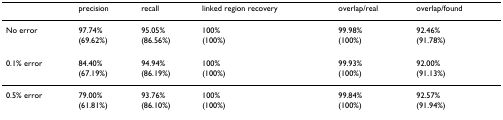
<table><thead><tr><td></td><td><b>precision</b></td><td><b>recall</b></td><td><b>linked region recovery</b></td><td><b>overlap/real</b></td><td><b>overlap/found</b></td></tr></thead><tbody><tr><td>No error</td><td>97.74%</td><td>95.05%</td><td>100%</td><td>99.98%</td><td>92.46%</td></tr><tr><td></td><td>(69.62%)</td><td>(86.56%)</td><td>(100%)</td><td>(100%)</td><td>(91.78%)</td></tr><tr><td>0.1% error</td><td>84.40%</td><td>94.94%</td><td>100%</td><td>99.93%</td><td>92.00%</td></tr><tr><td></td><td>(67.19%)</td><td>(86.19%)</td><td>(100%)</td><td>(100%)</td><td>(91.13%)</td></tr><tr><td>0.5% error</td><td>79.00%</td><td>93.76%</td><td>100%</td><td>99.84%</td><td>92.57%</td></tr><tr><td></td><td>(61.81%)</td><td>(86.10%)</td><td>(100%)</td><td>(100%)</td><td>(91.94%)</td></tr></tbody></table>